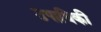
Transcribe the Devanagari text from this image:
उपाधिकी